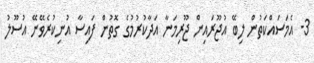
3- އެމަސައްކަތުން ލިބޭ އުޖޫރައިން ޖޫރިމަނާ އަދާކުރުމުގެ ގޮތުން ފައިސާ އުނިކުރެވޭނޭ އުސޫލު